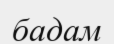
бадам